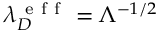
\lambda _ { D } ^ { \mathrm { ~ e ~ f ~ f ~ } } = \Lambda ^ { - 1 / 2 }